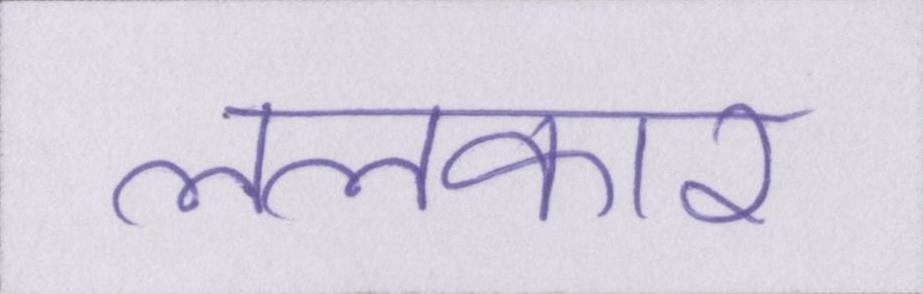
ललकारा